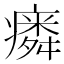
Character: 𱱥